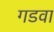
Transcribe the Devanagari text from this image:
गडवा